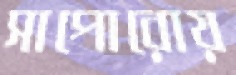
সাপোরোয়